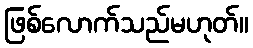
ဖြစ်လောက်သည်မဟုတ်။